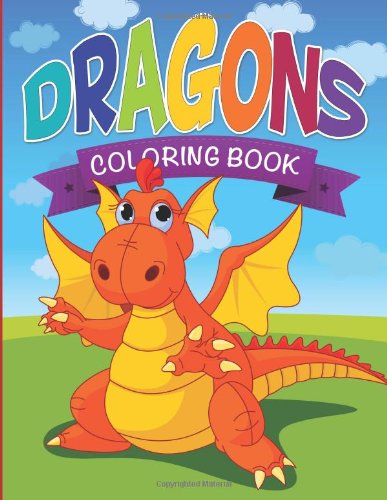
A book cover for Dragons Coloring Book; Speedy Publishing LLC; Children's Books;